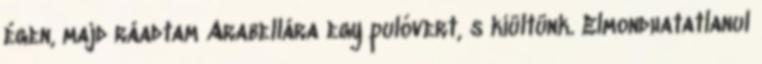
égen, majd ráadtam Arabellára egy pulóvert, s kiültünk. Elmondhatatlanul